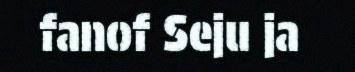
fanof Seju ja